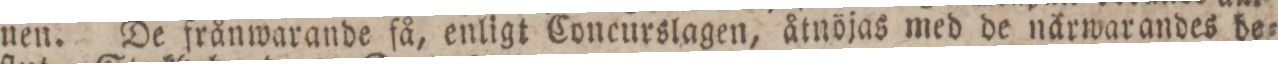
nen. De frånwarande få, enligt Concurslagen, åtnöjas med de närwarandes be=